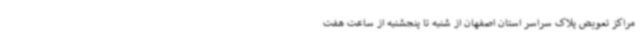
مراکز تعویض پلاک سراسر استان اصفهان از شنبه تا پنجشنبه از ساعت هفت